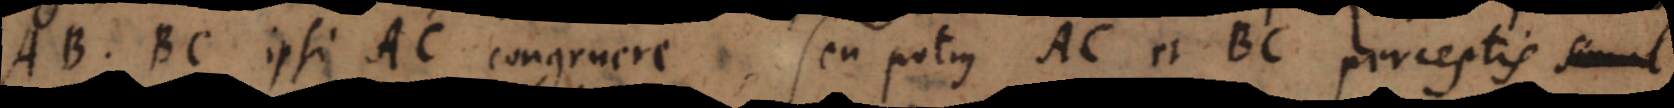
AB, BC ipsi AC congruere, seu potius AC et BC perceptis simul